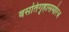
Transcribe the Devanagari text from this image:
वसतिगृहासमोरच